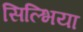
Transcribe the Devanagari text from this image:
सिल्भिया